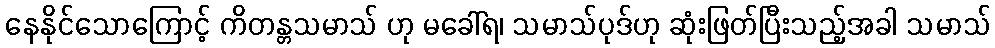
နေနိုင်သောကြောင့် ကိတန္တသမာသ် ဟု မခေါ်ရ၊ သမာသ်ပုဒ်ဟု ဆုံးဖြတ်ပြီးသည့်အခါ သမာသ်